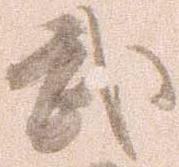
武